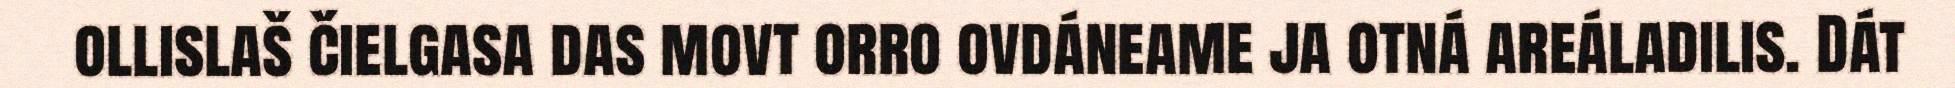
ollislaš čielgasa das movt orro ovdáneame ja otná areáladilis. Dát